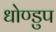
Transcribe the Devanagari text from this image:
धोण्डुप